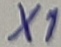
Text: X1